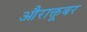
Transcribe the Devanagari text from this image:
औराक्तूबर